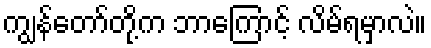
ကျွန်တော်တို့က ဘာကြောင့် လိမ်ရမှာလဲ။